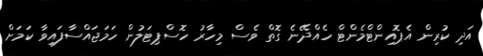
އަދި ކުރިން އެޕޮއިންޓްމެންޓް ހެއްދޭނެ ގޮތް ވެސް މިހާރު ހޮސްޕިޓަލުން ހަމަޖައްސާފައިވާ ކަމަށް